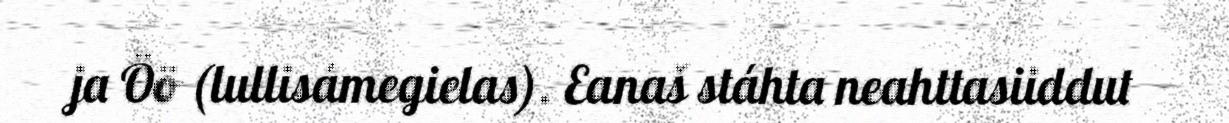
ja Öö (lullisámegielas). Eanaš stáhta neahttasiiddut